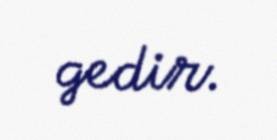
gedir.